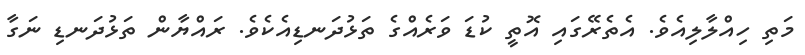
މަތި ހިއްލާލިއެވެ. އެތެރޭގައި އޮތީ ކުޑަ ވަރެއްގެ ތަޅުދަނޑިއެކެވެ. ރައްޔާން ތަޅުދަނޑި ނަގާ